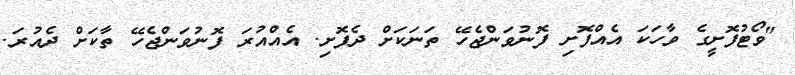
"ވޯޓުފޮށީގެ ވާހަކަ އެއްފޮށި ފޮނުވަންޖެހޭ ތަނަކަށް ދެފޮށި. އެއްއުރަ ފޮނުވަންޖެހޭ ތާކަށް ދެއުރަ.